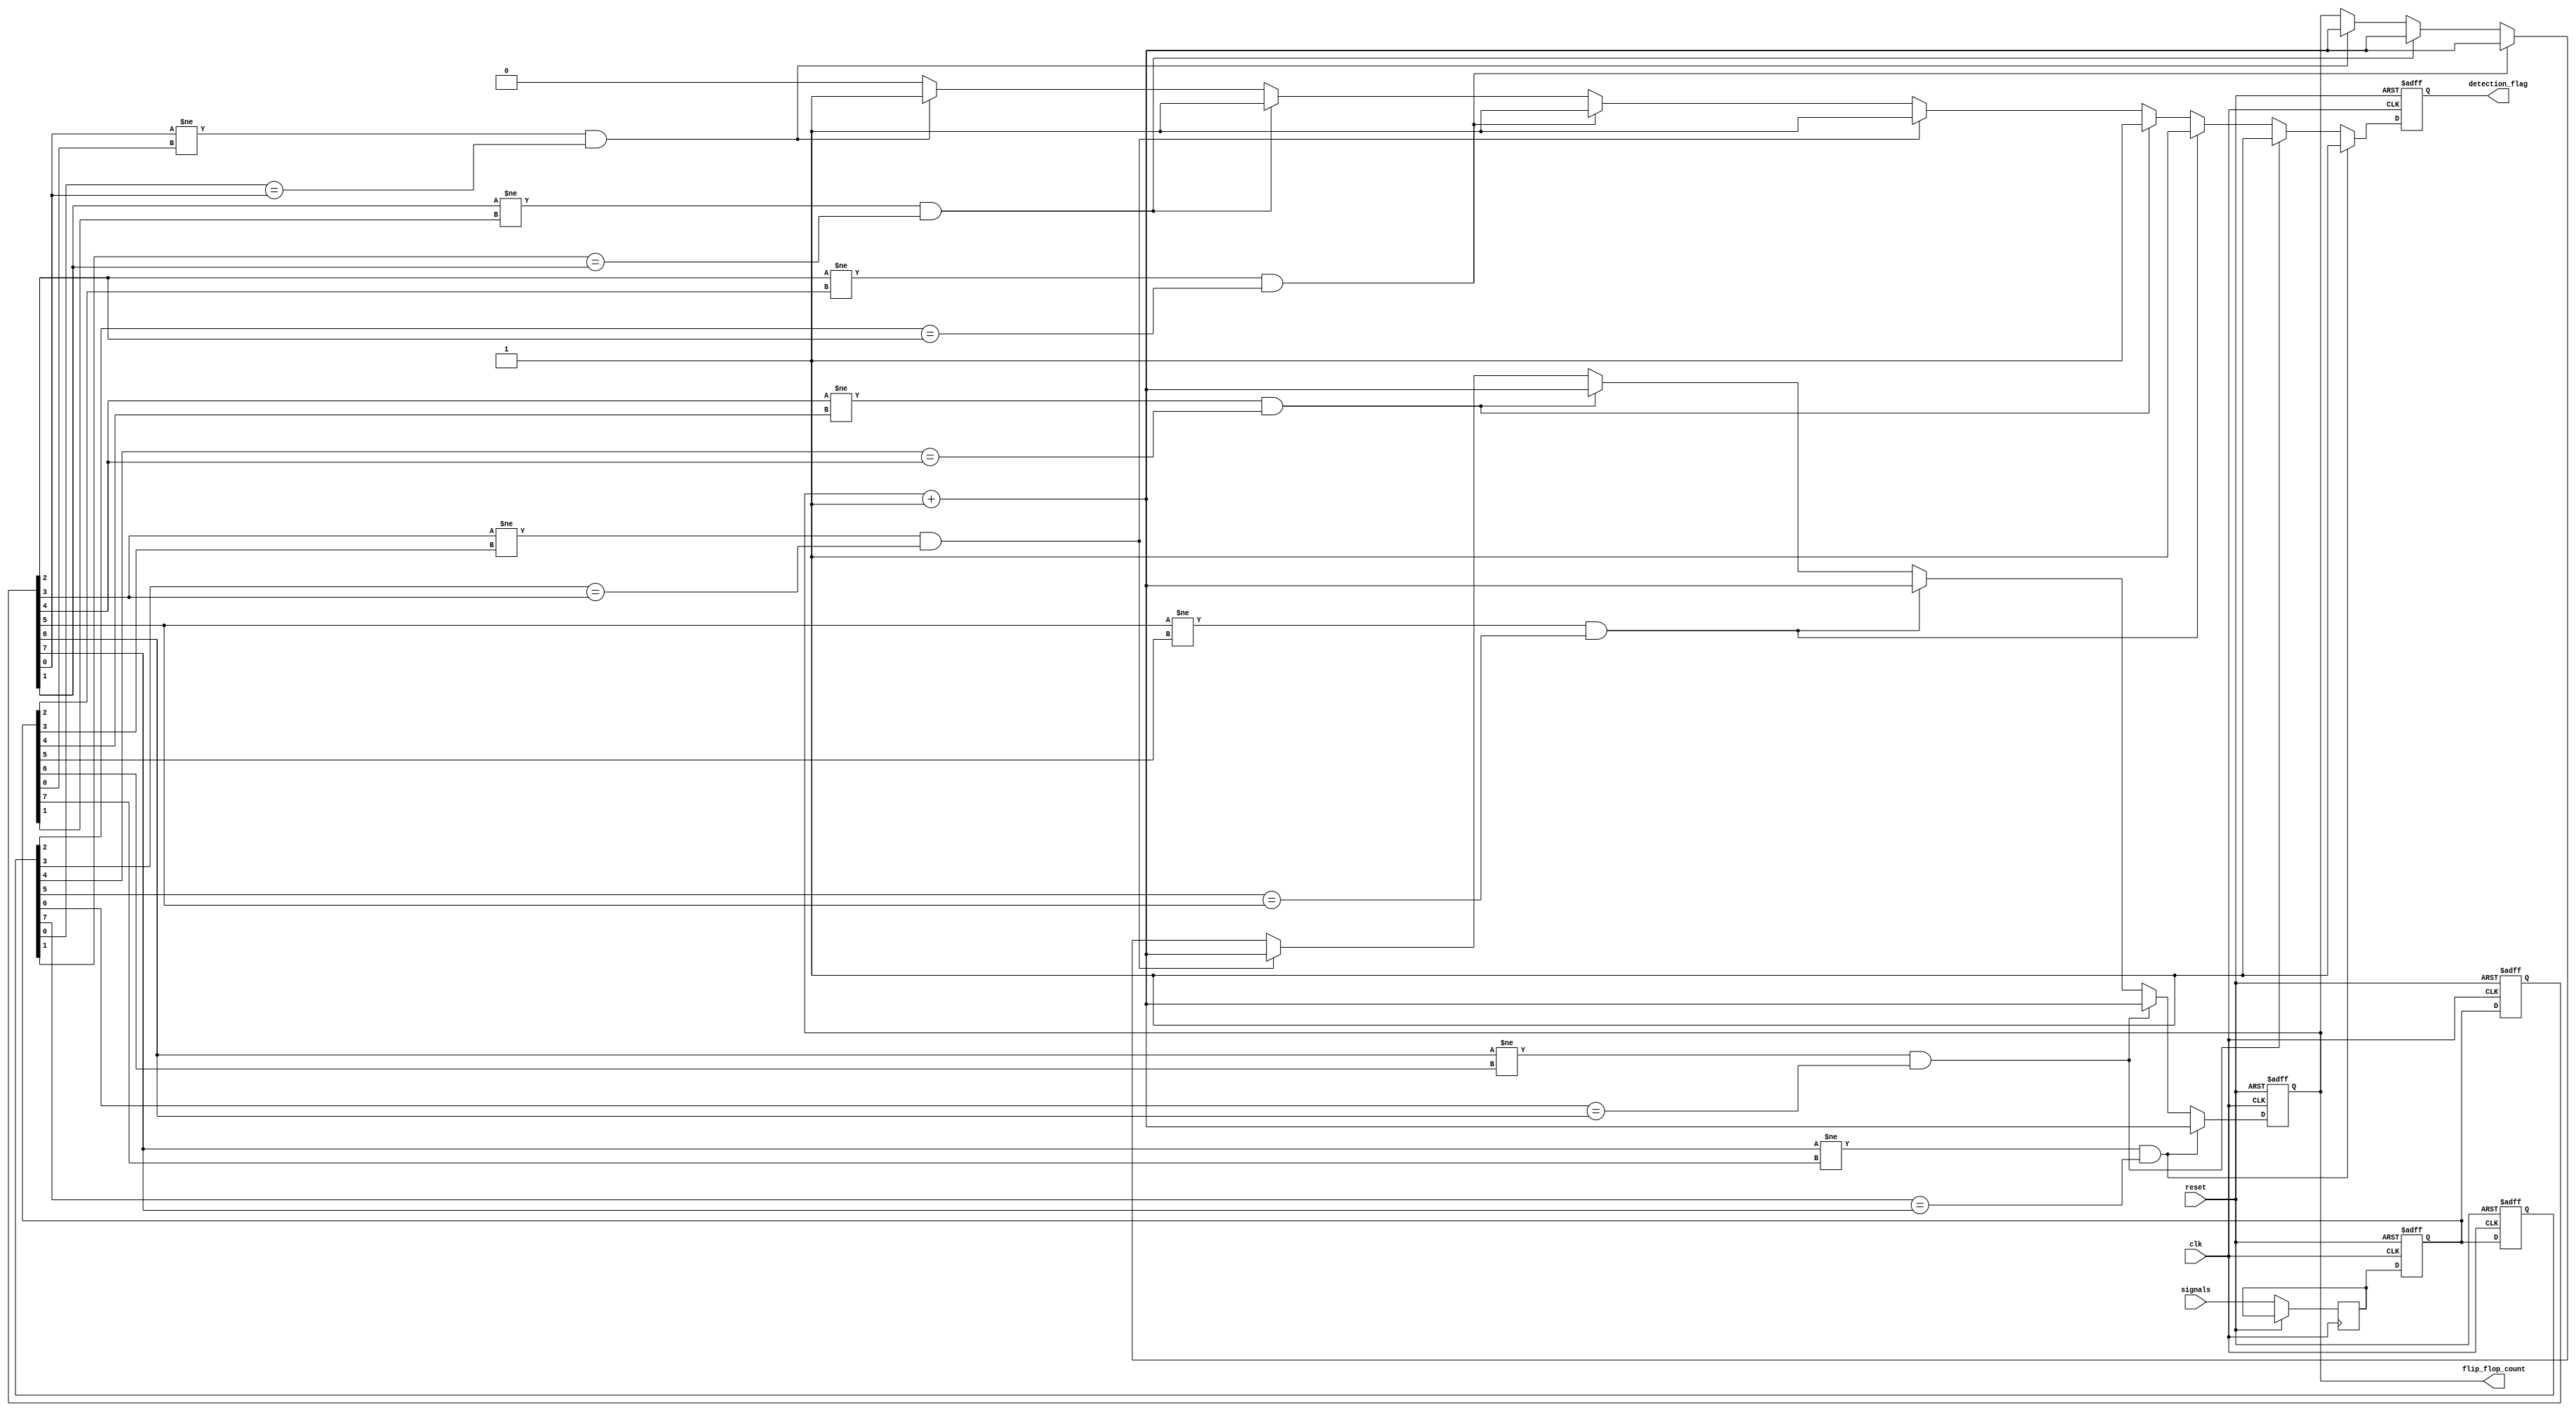
module FlipFlopDetector (
    input wire clk,
    input wire reset,
    input wire [N-1:0] signals,     // Input signals (assuming N input signals)
    output reg [M-1:0] flip_flop_count, // Detected flip-flop count
    output reg detection_flag        // Detection flag
);
    parameter N = 8;                // Number of signals to monitor
    parameter M = 8;                // Number of bits for flip-flop count
    parameter FILTER_STABILITY = 2; // Delay for signal stability
    
    reg [N-1:0] state_prev;         // Previous state of signals
    reg [N-1:0] state_curr;         // Current state of signals
    reg [N-1:0] memory_block [1:0]; // Memory blocks for two cycles
    
    integer i;
    
    // Process memory storage and detection
    always @(posedge clk or posedge reset) begin
        if (reset) begin
            // Reset outputs
            flip_flop_count <= 0;
            detection_flag <= 0;
            state_prev <= 0;
            memory_block[0] <= 0;
            memory_block[1] <= 0;
        end else begin
            // Shift states in the memory
            memory_block[1] <= memory_block[0];
            memory_block[0] <= state_curr;

            // Capture current state of signals
            state_curr <= signals;

            // Flip-flop detection logic
            detection_flag <= 0; // Reset detection flag for this clock
            
            for (i = 0; i < N; i = i + 1) begin
                // Detecting flip-flop behavior
                if (memory_block[1][i] != memory_block[0][i] && 
                    state_prev[i] == memory_block[1][i]) begin

                    // Increment the flip-flop count and set detection flag
                    flip_flop_count <= flip_flop_count + 1;
                    detection_flag <= 1;
                end
            end
            
            // Update previous state for the next cycle
            state_prev <= memory_block[0];
        end
    end
endmodule